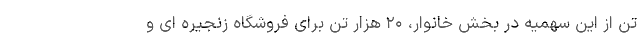
تن از این سهمیه در بخش خانوار، ۲۰ هزار تن برای فروشگاه زنجیره ای و